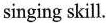
singing skill.